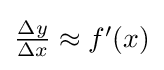
{\textstyle {\frac {\Delta y}{\Delta x}}\approx f'(x)}